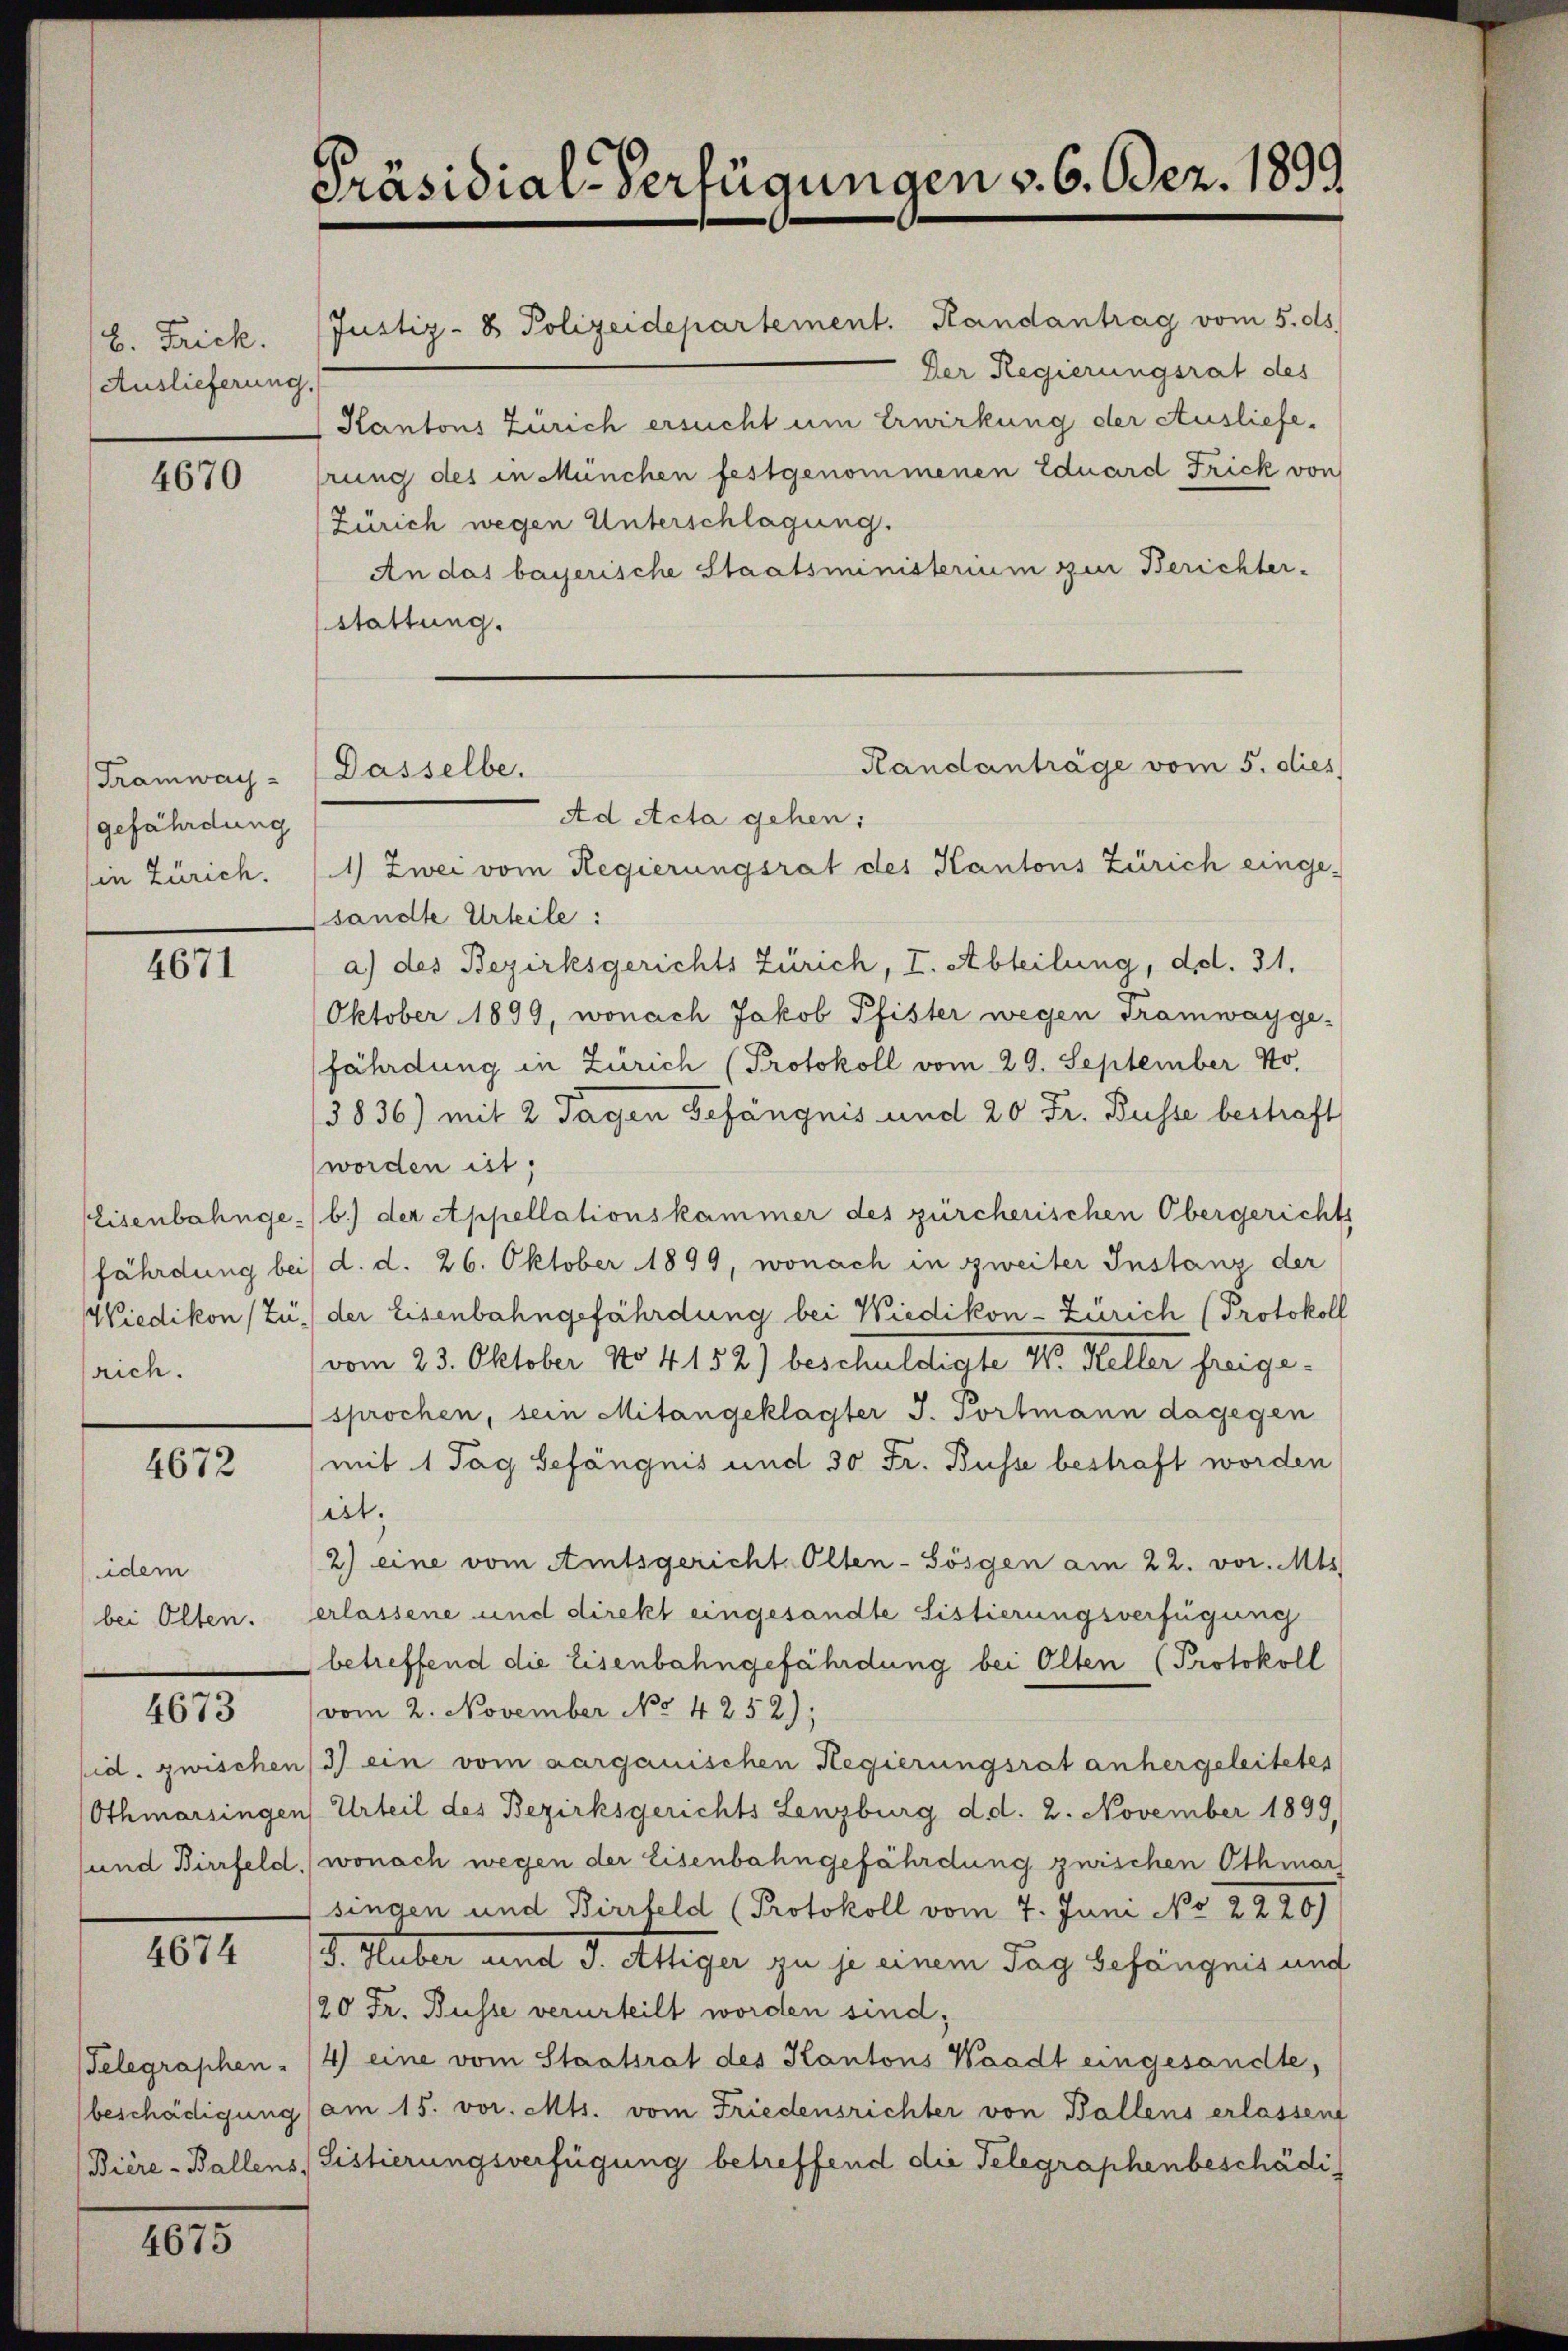
B. Frick.
Auslieferung.

4670

Tramwaygefährdung
in Zürich.

4671

Eisenbahngesrich.

4672

idem
bei Olten.

4673

4674

Telegraphen-

4675

Präsidial-Verfügungen v. 6. Dez. 1899

Ad Acta gehen:
1) Zwei vom Regierungsrat des Kantons Zürich eingesandte Urteile:
a) des Bezirksgerichts Zürich, I. Abteilung, dd. 31.
Oktober 1899, wonach Jakob Pfister wegen Tramwayge-
fährdung in Zürich (Protokoll vom 29. September No.
3836) mit 2 Tagen Gefängnis und 20 Fr. Busse bestraft
worden ist;
b.) der Appellationskammer des zürcherischen Obergerichts
fährdung bei d. d. 26. Oktober 1899, wonach in zweiter Instanz der
Wiedikon (Zu der Eisenbahngefährdung bei Wiedikon-Zürich Protokoll
vom 23. Oktober No 4152) beschuldigte M. Keller freigesprochen, sein Mitangeklagter J. Portmann dagegen
mit 1 Tag Gefängnis und 30 Fr. Busse bestraft worden
ist.
2) eine vom Amtsgericht Olten-Sösgen am 22. vor. Mts
erlassene und direkt eingesandte Sistierungsverfügung
betreffend die Eisenbahngefährdung bei Olten (Protokoll
vom 2. November No 4252);
sid. zwischen 3) ein vom aargauischen Regierungsrat anhergeleitetes
Othmarsingen Urteil des Bezirksgerichts Lenzburg d.d. 2. November 1899,
und Birrfeld, wonach wegen der Eisenbahngefährdung zwischen Othmar
singen und Birrfeld (Protokoll vom 7. Juni No 22 20
J. Huber und d. Attiger zu je einem Tag Gefängnis und
/20 Fr. Busse verurteilt worden sind,
4) eine vom Staatsrat des Kantons Waadt eingesandte,
beschädigung (am 15. vor. Mts. vom Friedensrichter von Ballens erlassen
Bière-Ballens, Fistierungsverfügung betreffend die Telegraphenbeschädi¬

Dasselbe.

Justiz- & Polizeidepartement. Randantrag vom 5. ds.
Der Regierungsrat des
Kantons Zürich ersucht um Erwirkung der Ausliefehrung des in München festgenommenen Eduard Frick von
(Zürich wegen Unterschlagung.
An das bayerische Staatsministerium zur Berichter-
stattung.

Randanträge vom 5. dies